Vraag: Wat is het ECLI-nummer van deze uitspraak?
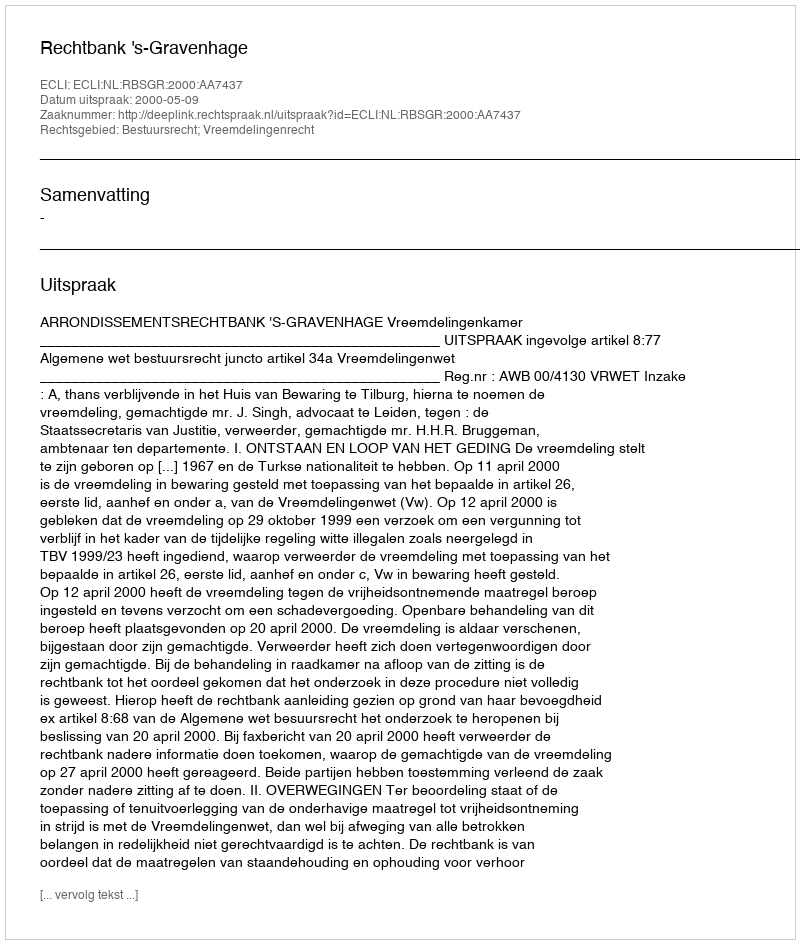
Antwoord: ECLI:NL:RBSGR:2000:AA7437